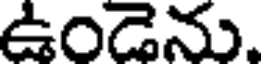
ఉండెను.